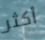
أكثر